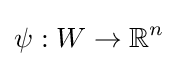
\psi :W\to \mathbb {R} ^{n}